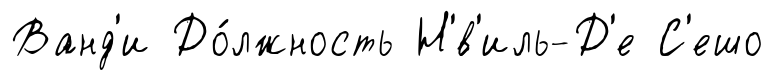
Ванд'и До́лжность Н'́в'иль-Д'е С'ешо